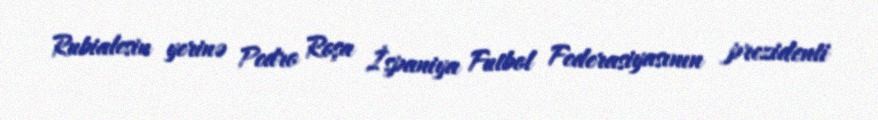
Rubialesin yerinə Pedro Roşa İspaniya Futbol Federasiyasının prezidenti